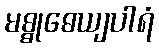
မစ္စုဓေယျပါရံ